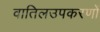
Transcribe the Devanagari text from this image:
वातिलउपकरणों